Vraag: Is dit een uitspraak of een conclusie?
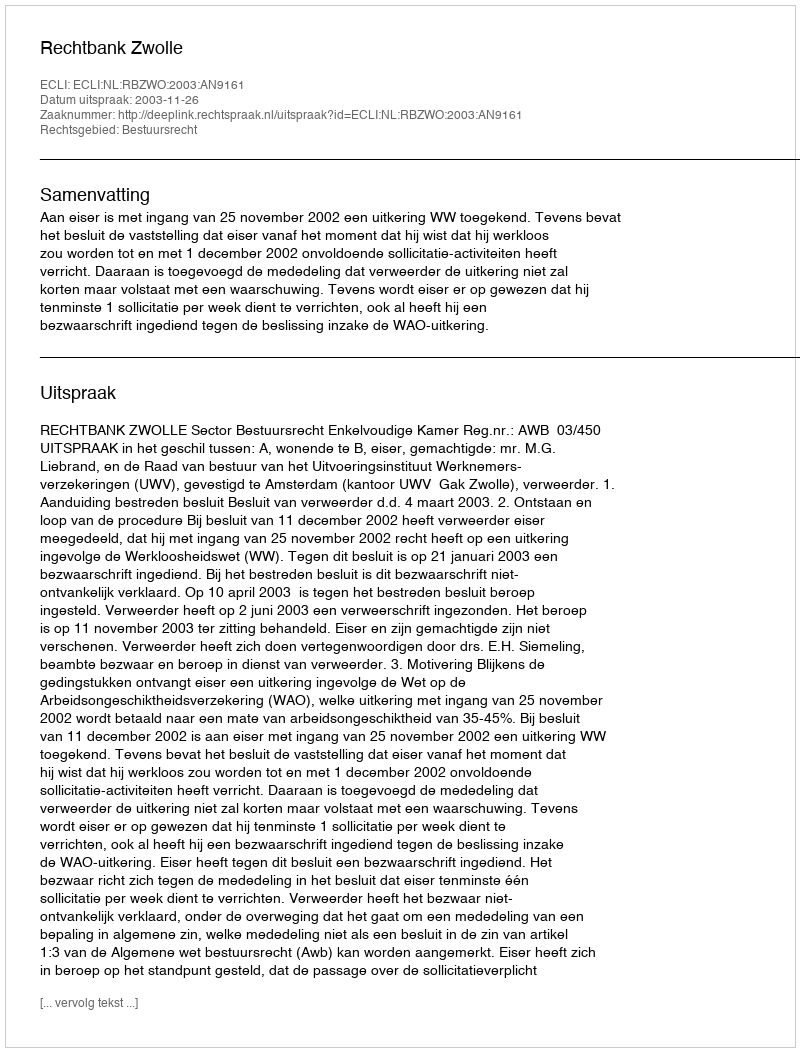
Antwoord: Uitspraak